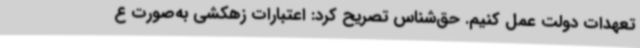
تعهدات دولت عمل کنیم. حق‌شناس تصریح کرد: اعتبارات زهکشی به‌صورت ع